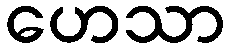
ဟေသာ